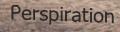
Perspiration